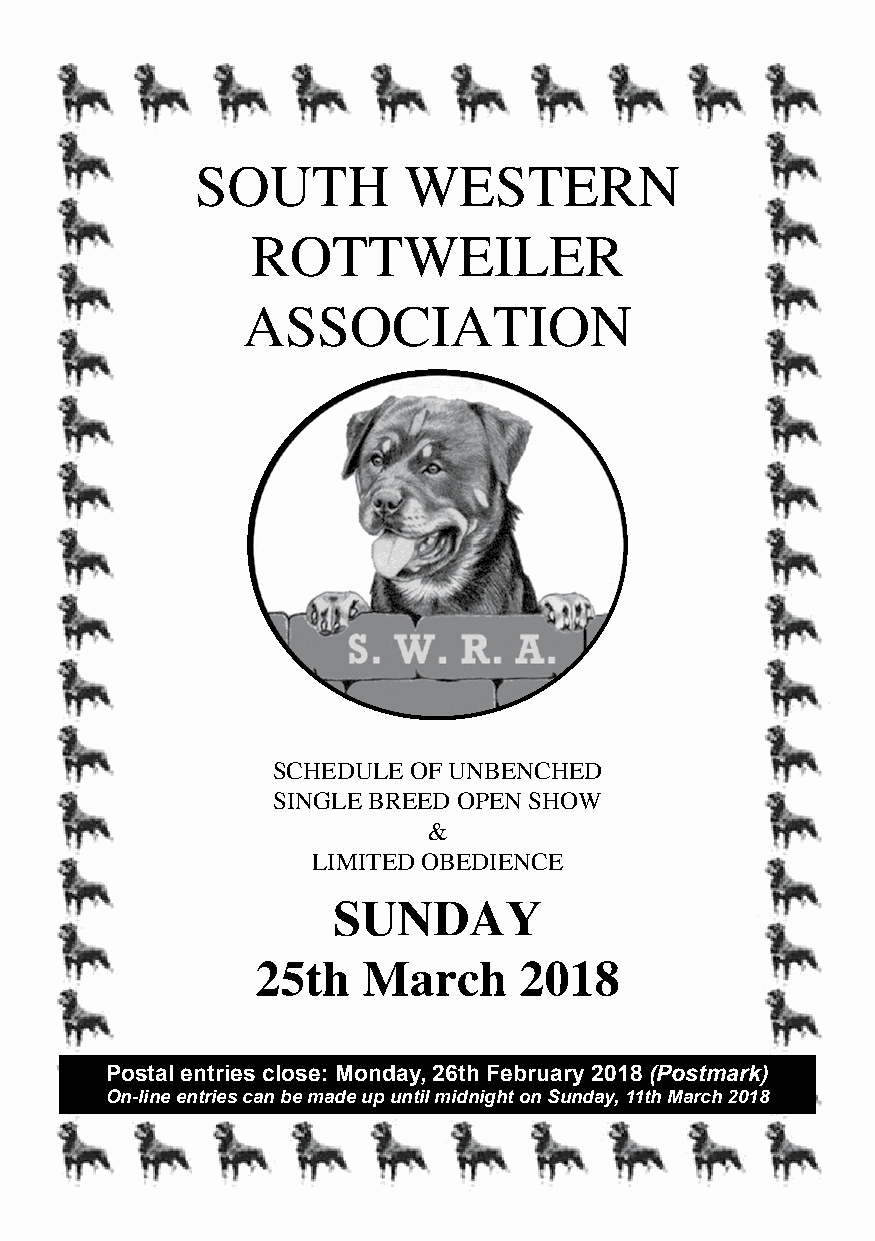
SOUTH         WESTERN
 ROTTWEILER
 ASSOCIATION
 SCHEDULE OF UNBENCHED
 SINGLE BREED OPEN SHOW
 &
 LIMITED OBEDIENCE
 SUNDAY
 25th   March     2018
 Postal entries close: Monday, 26th February 2018 (Postmark)
 On-line entries can be made up until midnight on Sunday, 11th March 2018